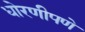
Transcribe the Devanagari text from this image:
धोरणीपणे